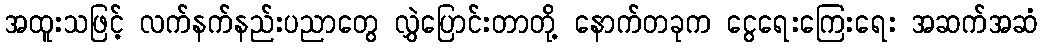
အထူးသဖြင့် လက်နက်နည်းပညာတွေ လွှဲပြောင်းတာတို့ နောက်တခုက ငွေရေးကြေးရေး အဆက်အဆံ